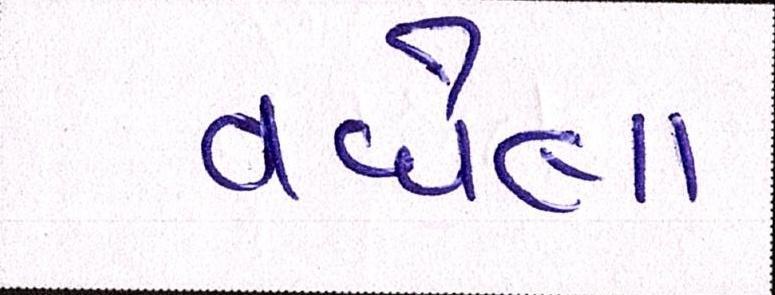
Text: વધેલા